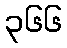
၃၆၆